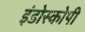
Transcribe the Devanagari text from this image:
इंडोस्कोपी